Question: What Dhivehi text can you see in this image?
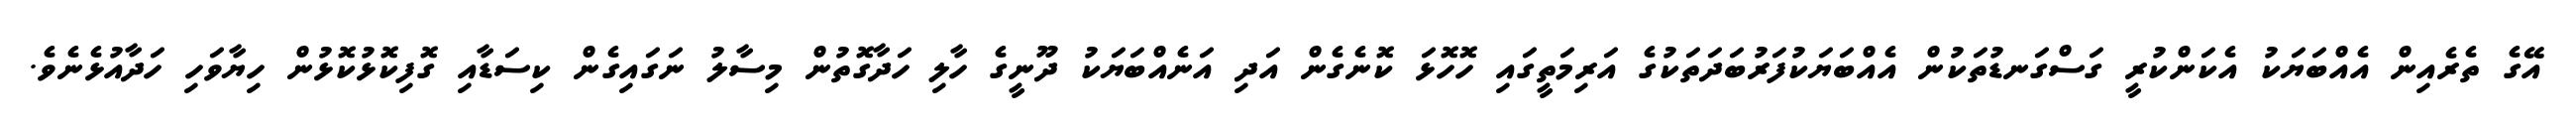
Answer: އޭގެ ތެރެއިން އެއްބަޔަކު އެކަންކުރީ ގަސްގަނޑުތަކުން އެއްބަޔަކުފަރުބަދަތަކުގެ އަރިމަތީގައި ހޮހޮޅަ ކޮނެގެން އަދި އަނެއްބަޔަކު ދޫނީގެ ހާލި ހަދާގޮތުން މިސާލު ނަގައިގެން ކިސަޑާއި ގޮފިކޮޅުކޮޅުން ހިޔާވަހި ހަދާއުޅެނެވެ.